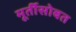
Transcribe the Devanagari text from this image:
मूर्तीसोबत